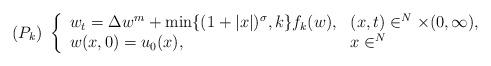
LaTeX: \begin{align*}(P_k) \ \left\{\begin{array}{ll}w_t=\Delta w^m+\min\{(1+|x|)^{\sigma},k\}f_k(w), & (x,t)\in\real^N\times(0,\infty),\\w(x,0)=u_0(x), & x\in\real^N\end{array}\right.\end{align*}